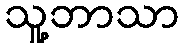
သူ့ဘာသာ